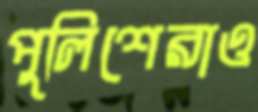
পুলিশেরাও